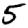
Digit: 5